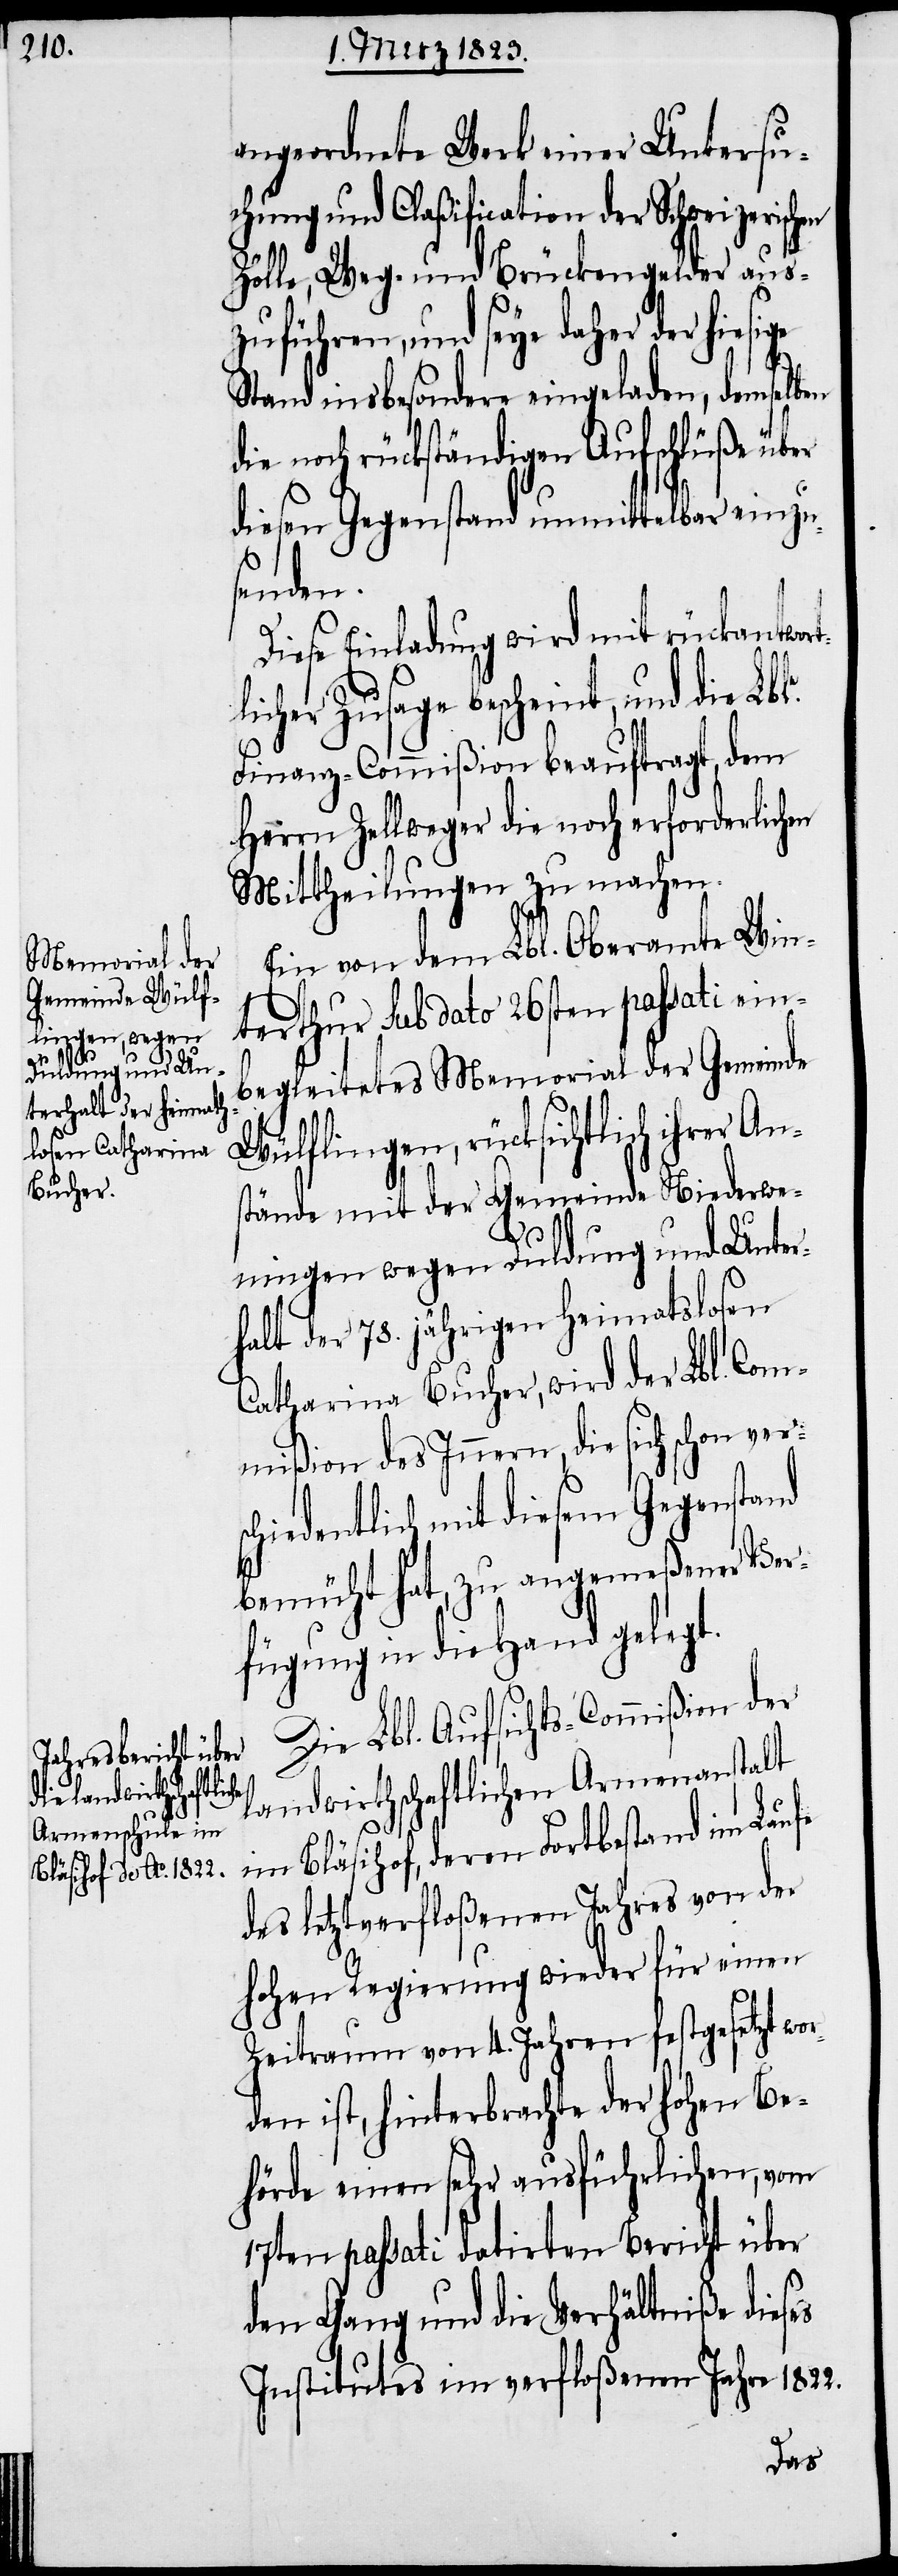
en

angeordnete Werk einer Untersu¬
chung und Claßification der Schweizerischen
Zölle, Weg- und Brückengelder aus¬
zuführen, und seye daher der hiesige
Stand insbesondere eingeladen, demselb¬
die noch rückständigen Aufschlüße über
diesen Gegenstand unmittelbar einzu¬
senden.
Diese Einladung wird mit rückantwor¬
tlicher Zusage bescheint, und die Lble.
Finanz-Commißion beauftragt, dem
Herrn Zellweger die noch erforderlichen
Mittheilungen zu machen.
Ein von dem Lbl. Oberamte Win¬
terthur sub dato 26sten passati ein¬
begleitetes Memorial der Gemeinde
Wülflingen, rücksichtlich ihrer An¬
stände mit der Gemeinde Niederwe¬
ningen wegen Duldung und Unter¬
halt der 78. jährigen Heimatslosen
Catharina Bucher, wird der Lbl. Com¬
mißion des Innern, die sich schon versc¬
hiedentlich mit diesem Gegenstand
bemüht hat, zu angemeßener Ver¬
fügung in die Hand gelegt.
Die Lbl. Aufsichts-Commißion der
landwirthschaftlichen Armenanstalt
im Bläsihof, deren Fortbestand im Laufe
des letztverfloßenen Jahres von der
hohen Regierung wieder für einen
Zeitraum von 4. Jahren festgesetzt wor¬
den ist, hinterbrachte der hohen Be¬
hörde einen sehr ausführlichen, vom
17ten passati datirten Bericht über
den Gang und die Verhältniße dieses
Institutes im verfloßenen Jahre 1822.